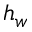
h _ { w }